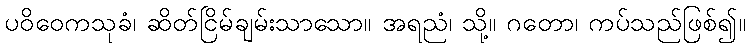
ပဝိဝေကသုခံ၊ ဆိတ်ငြိမ်ချမ်းသာသော။ အရညံ၊ သို့။ ဂတော၊ ကပ်သည်ဖြစ်၍။